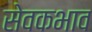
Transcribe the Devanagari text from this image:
सेवकभाव